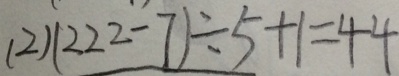
( 2 ) ( 2 2 2 - 7 ) \div 5 + 1 = 4 4